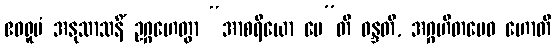
ဧဝရူပံ အနုသာသနိံ ဥဂ္ဂဟေတွာ “အာစရိယော မေ”တိ ဝန္ဒတိ, အဂ္ဂဟိတမေဝ ဟောတိ